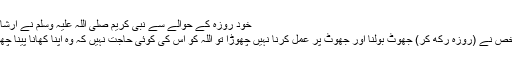
خود روزہ کے حوالے سے نبی کریم صلی اللہ علیہ وسلم نے ارشاد فرمایا:
’’جس شخص نے (روزہ رکھ کر) جھوٹ بولنا اور جھوٹ پر عمل کرنا نہیں چھوڑا تو اللہ کو اس کی کوئی حاجت نہیں کہ وہ اپنا کھانا پینا چھوڑ دے ۔